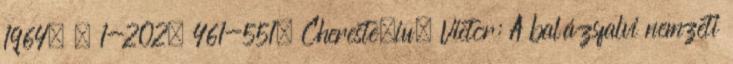
1964. – 1-202; 461-551. Cheresteşiu, Victor: A balázsfalvi nemzeti